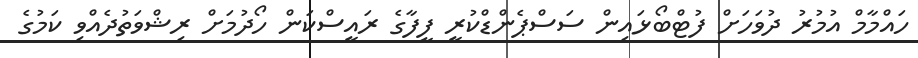
ހައްމާމް އުމުރު ދުވަހަށް ފުޓްބޯޅައިން ސަސްޕެންޑްކުރީ ފީފާގެ ރައީސްކަން ހޯދުމަށް ރިޝްވަތުދެއްވި ކަމުގެ